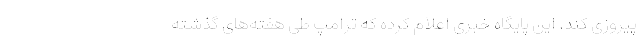
پیروزی کند. این پایگاه خبری اعلام کرده که ترامپ طی هفته‌های گذشته